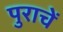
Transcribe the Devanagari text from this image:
पुराचें